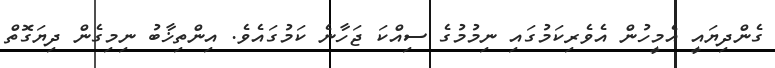
ގެންދިޔައީ އެމީހުން އެވެރިކަމުގައި ނިމުމުގެ ސިއްކަ ޖަހާނެ ކަމުގައެވެ. އިންތިޚާބު ނިމިގެން ދިޔަގޮތް